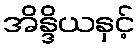
အိန္ဒိယနှင့်